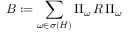
B : = \sum _ { \omega \in \sigma ( H ) } \Pi _ { \omega } \, R \, \Pi _ { \omega }